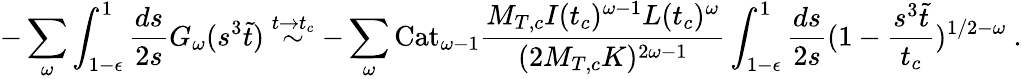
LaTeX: -\sum_{\omega}\int_{1-\epsilon}^{1}\frac{ds}{2s}G_{\omega}(s^{3}\tilde{t})\stackrel{t\rightarrow t_{c}}{\sim}-\sum_{\omega}\mathrm{Cat}_{\omega-1}\frac{M_{T,c}I(t_{c})^{\omega-1}L(t_{c})^{\omega}}{(2M_{T,c}K)^{2\omega-1}}\int_{1-\epsilon}^{1}\frac{ds}{2s}(1-\frac{s^{3}\tilde{t}}{t_{c}})^{1/2-\omega}\mathrm{~.}